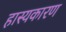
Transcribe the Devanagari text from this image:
हास्यकारण